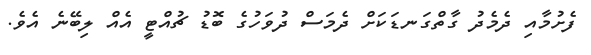
ފެށުމާއި ދެމެދު ގާތްގަނޑަކަށް ދެމަސް ދުވަހުގެ ބޮޑު ޗުއްޓީ އެއް ލިބޭނެ އެވެ.